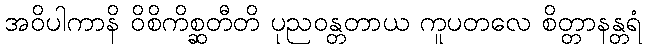
အဝိပါကာနိ ဝိစိကိစ္ဆတီတိ ပုညဝန္တတာယ ကူပတလေ စိတ္တာနန္တရံ